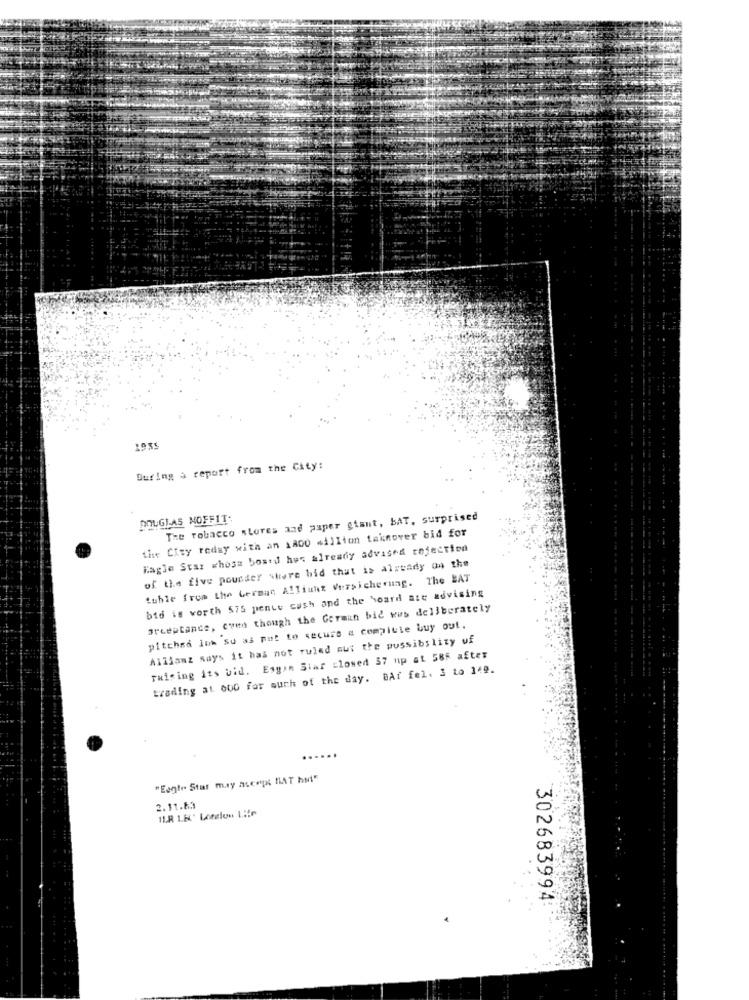
1935
During a report from the City:
DOUGLAS NOFFIT:
The tobacco wLores and paper giant, BAT, surprised
the City reday with an 1800 million tainover bid for
Eagle Staz whose board hes already advised rejection
of the five pousser where bid that is already on the
tuble from the German Alliuht Versicherung. The BAT
bid is worth $75 pente cash and the board are advising
arceptance, como though the German bic wws deliberately
pitched loh su as pot to secure a compiute buy out.
Allianz says it has not ruled out the possibility of
raising its bid. Esgin Star slowed 57 up at 585 after
trading at 000 for much of the day. BAf fel. 3 to 149.
"Eagle Star may asenpt HAT hui"
2.11.63
IL.R. L.N.' Lendion Life
302683994